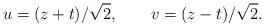
LaTeX: \begin{align*}u = (z + t)/\sqrt{2} , \qquad v = (z - t)/\sqrt{2} .\end{align*}